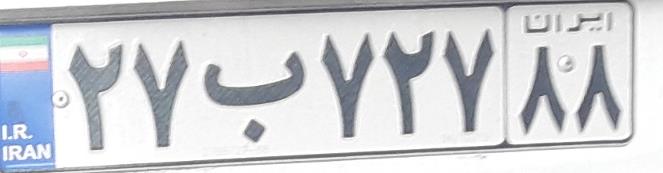
۲۷ب۷۲۷۸۸